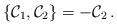
LaTeX: \begin{align*}\{ {\cal C}_1 , {\cal C}_2 \} = - {\cal C}_2 \,.\end{align*}